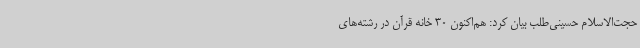
حجت‌الاسلام حسینی‌طلب بیان کرد: هم‌اکنون 30 خانه قرآن در رشته‌های